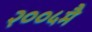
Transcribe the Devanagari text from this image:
२००५मै